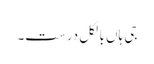
جی ہاں بالکل درست۔